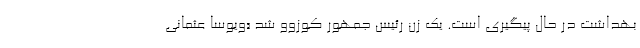
بهداشت در حال پیگیری است. یک زن رئیس جمهور کوزوو شد «ویوسا عثمانی